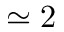
\simeq 2